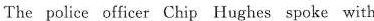
The police officer Chip Hughes spoke with